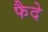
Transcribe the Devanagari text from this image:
फैदे